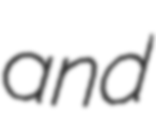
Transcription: and